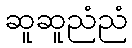
ဆူဆူညံညံ